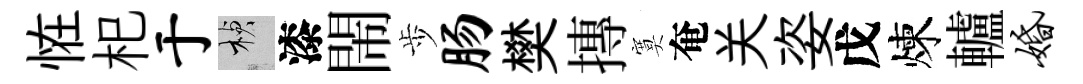
恠𣏌于楨漆閙歩肠樊摶寞奄关姿戊煉轤婚